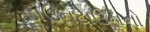
ડાઉનટાઉનનો